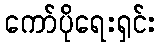
ကော်ပိုရေးရှင်း